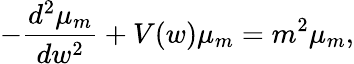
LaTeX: -\frac{d^{2}\mu_{m}}{dw^{2}}+V(w)\mu_{m}=m^{2}\mu_{m},